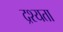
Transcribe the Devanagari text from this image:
द्रश्यता